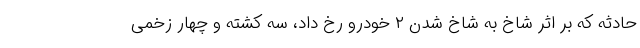
حادثه که بر اثر شاخ به شاخ شدن ۲ خودرو رخ داد، سه کشته و چهار زخمی